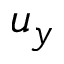
u _ { y }